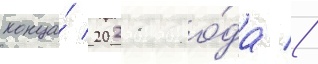
конца́ 2021 го́да //